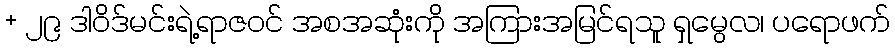
+ ၂၉ ဒါဝိဒ်မင်းရဲ့ရာဇဝင် အစအဆုံးကို အကြားအမြင်ရသူ ရှမွေလ၊ ပရောဖက်